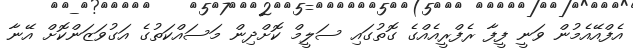
އެފްއޭއެމުން ވަނީ ފީފާ ރެފްރީއެއްގެ ގޮތުގައި ސަލީމް ކޮށްދިން މަސައްކަތުގެ އަގުވަޒަންކޮށް އޭނާ